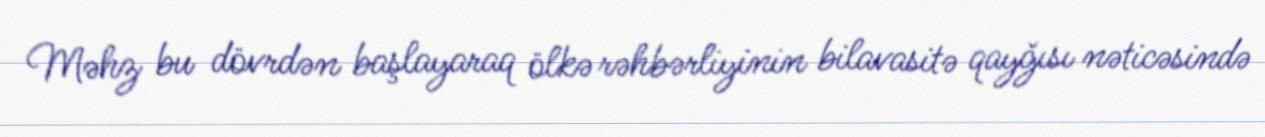
Məhz bu dövrdən başlayaraq ölkə rəhbərliyinin bilavasitə qayğısı nəticəsində